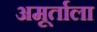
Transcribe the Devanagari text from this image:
अमूर्ताला